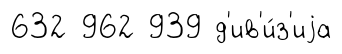
632 962 939 д'ив'и́з'иjа